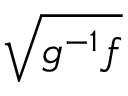
\sqrt { g ^ { - 1 } f }